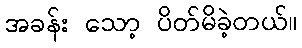
အခန်း သော့ ပိတ်မိခဲ့တယ်။